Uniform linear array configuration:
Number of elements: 8
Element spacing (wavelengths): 1
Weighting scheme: hann
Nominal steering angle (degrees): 0
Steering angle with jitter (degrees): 0.6525
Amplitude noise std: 0.05
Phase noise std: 0.05

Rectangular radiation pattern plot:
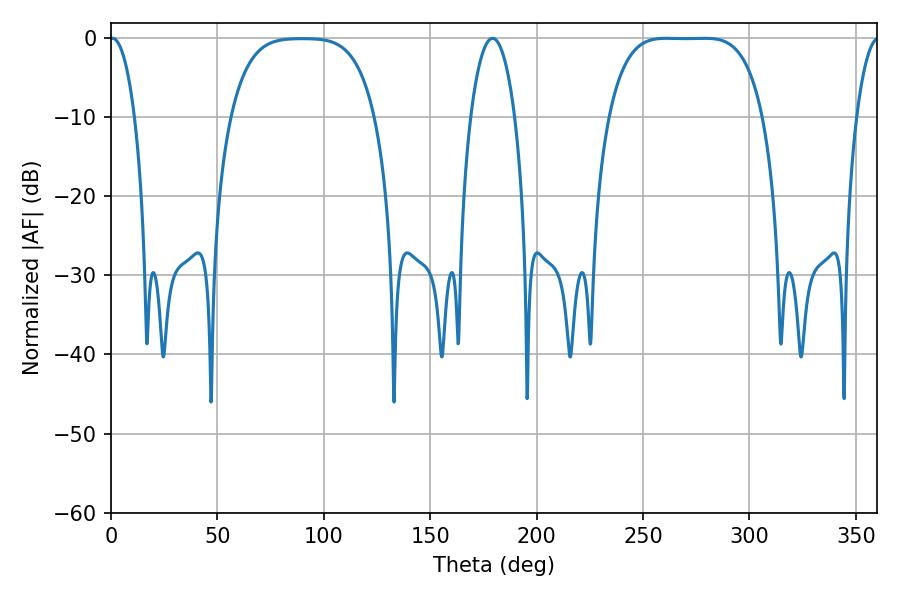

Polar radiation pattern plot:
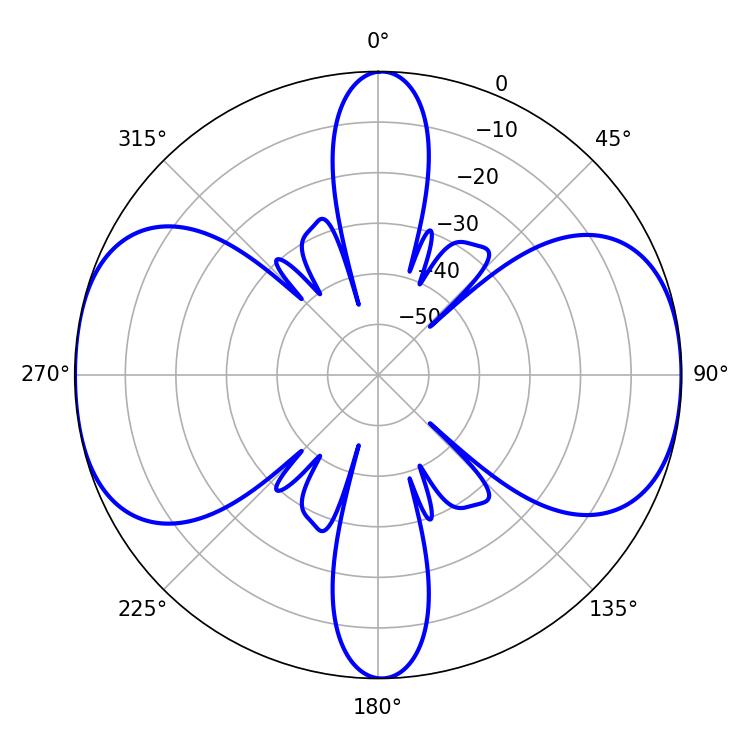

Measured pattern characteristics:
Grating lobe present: TRUE
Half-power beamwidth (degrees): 55.44
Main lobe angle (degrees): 261